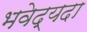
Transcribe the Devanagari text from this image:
भवेद्यदा